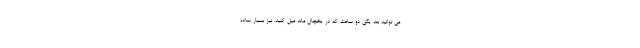
می توانید بعد یکی دو ساعت که در یخچال ماند میل کنید. نیز بسیار ساده